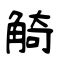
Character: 觭